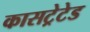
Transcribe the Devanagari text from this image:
कासट्रेटेड